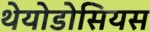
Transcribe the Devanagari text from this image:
थेयोडोसियस